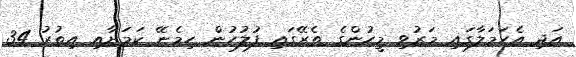
އަދި އެހަމަލާގައި މަރުވި މީހުންގެ ތެރޭގައި ފުލުހުން ހިމެނޭ ކަމަށާއި އިތުރު 34